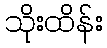
သိုးထိန်း